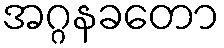
အဂ္ဂနခတော